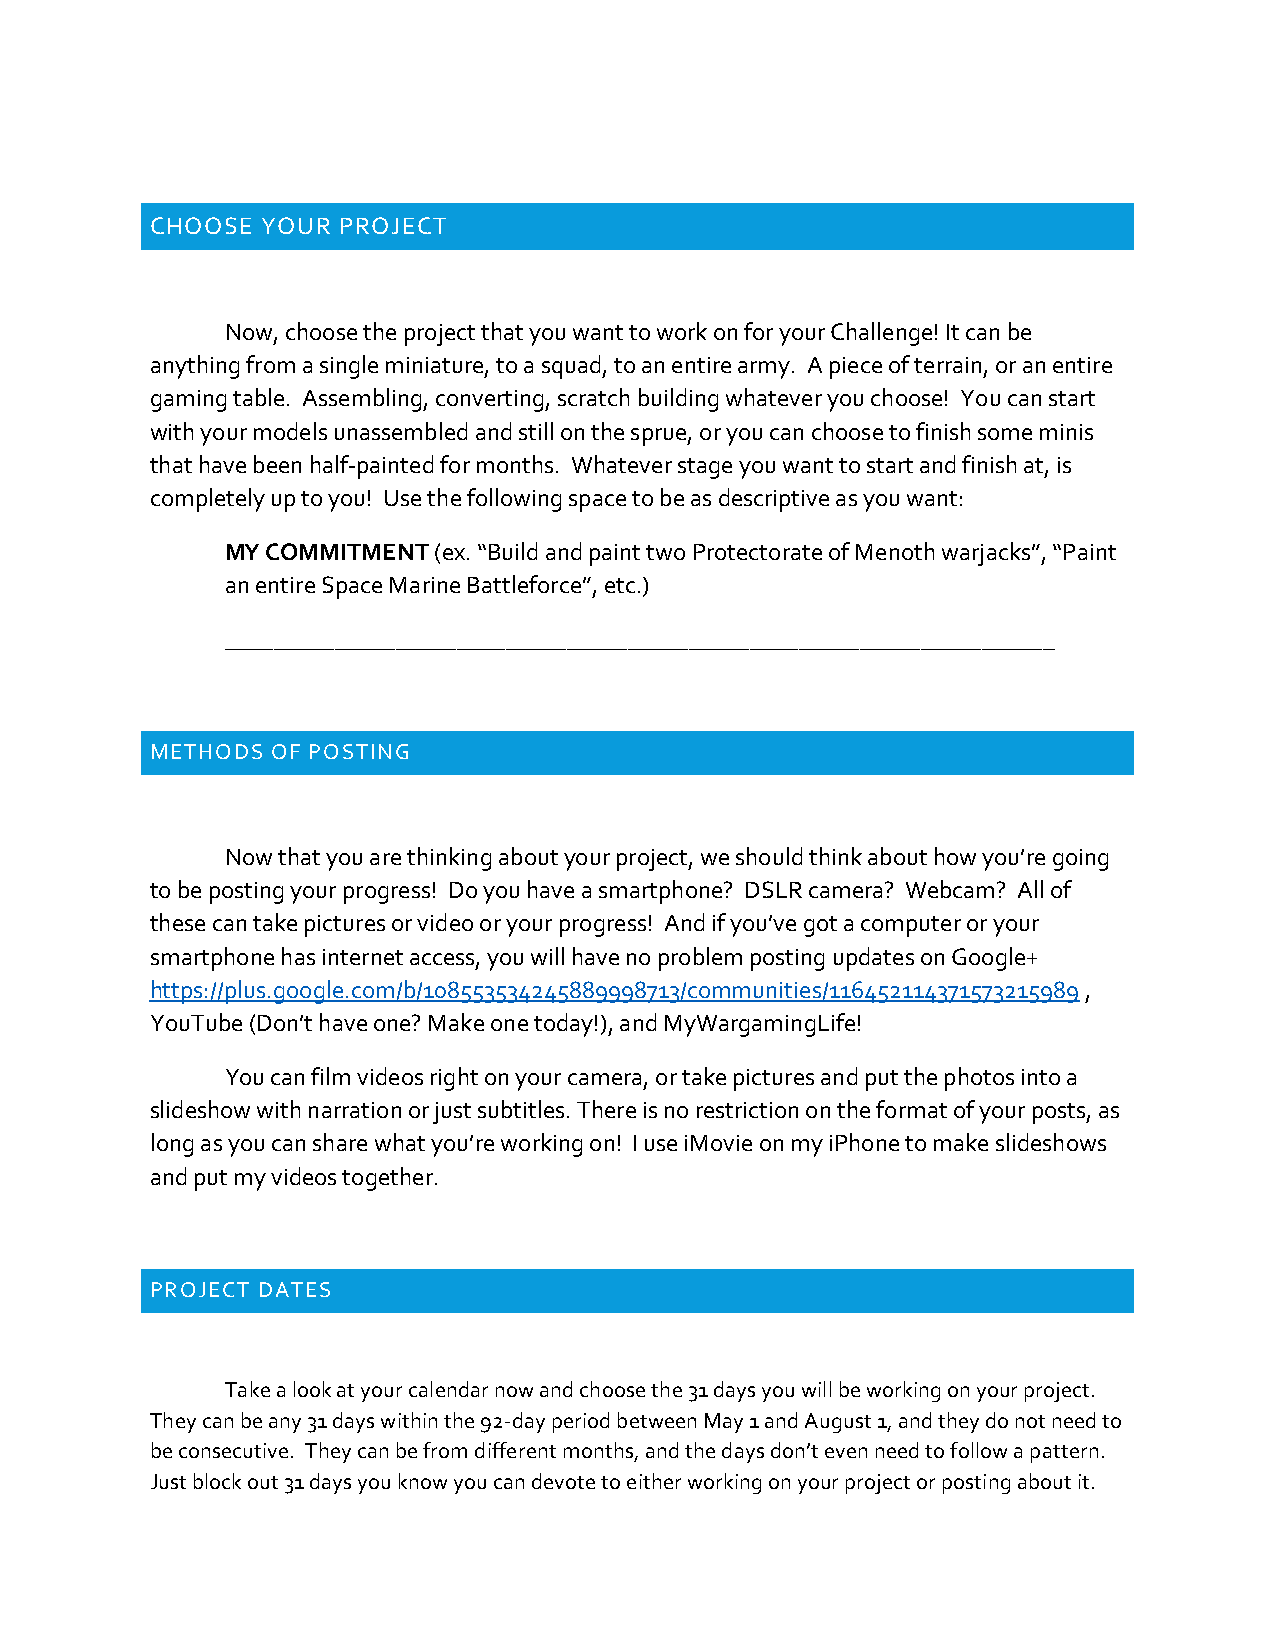
CHOOSE YOUR PROJECT
 Now, choose the project that you want to work on for your Challenge! It can be
 anything from a single miniature, to a squad, to an entire army. A piece of terrain, or an entire
 gaming table. Assembling, converting, scratch building whatever you choose! You can start
 with your models unassembled and still on the sprue, or you can choose to finish some minis
 that have been half-painted for months. Whatever stage you want to start and finish at, is
 completely up to you! Use the following space to be as descriptive as you want:
 MY COMMITMENT (ex. “Build and paint two Protectorate of Menoth warjacks”, “Paint
 an entire Space Marine Battleforce”, etc.)
 ____________________________________________________________________
 METHODS OF POSTING
 Now that you are thinking about your project, we should think about how you’re going
 to be posting your progress! Do you have a smartphone? DSLR camera? Webcam? All of
 these can take pictures or video or your progress! And if you’ve got a computer or your
 smartphone has internet access, you will have no problem posting updates on Google+
 https://plus.google.com/b/108553534245889998713/communities/116452114371573215989 ,
 YouTube (Don’t have one? Make one today!), and MyWargamingLife!
 You can film videos right on your camera, or take pictures and put the photos into a
 slideshow with narration or just subtitles. There is no restriction on the format of your posts, as
 long as you can share what you’re working on! I use iMovie on my iPhone to make slideshows
 and put my videos together.
 PROJECT DATES
 Take a look at your calendar now and choose the 31 days you will be working on your project.
 They can be any 31 days within the 92-day period between May 1 and August 1, and they do not need to
 be consecutive. They can be from different months, and the days don’t even need to follow a pattern.
 Just block out 31 days you know you can devote to either working on your project or posting about it.